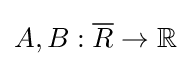
A,B:{\overline {R}}\to \mathbb {R}